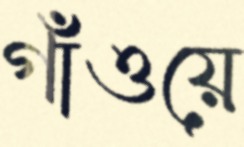
গাঁওয়ে